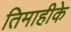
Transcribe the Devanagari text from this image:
तिमाहीके